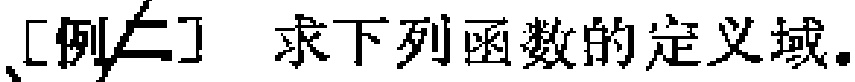
[例二] 求下列函数的定义域。